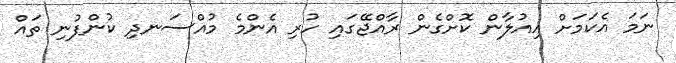
ނަމަ އެކަމަށް އިއުލާން ކޮށްގެން ރާއްޖޭގައި ހުރި އެންމެ މުއްސަނދި ކުންފުނި ތައް